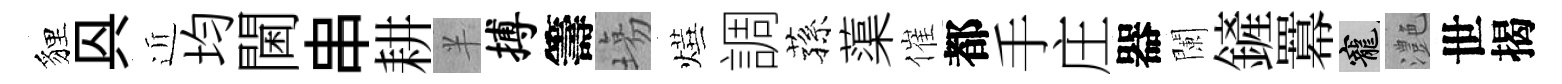
貍㒷近均閫串耕半搏籌塲燁調蓀蕖催都手庄器闌鏟羃寵灔世揭